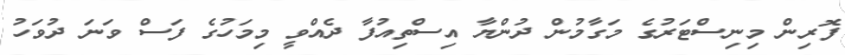
ފޮރިން މިނިސްޓަރުގެ މަގާމުން ދުންޔާ އިސްތިއުފާ ދެއްވީ މިމަހުގެ ފަސް ވަނަ ދުވަހު